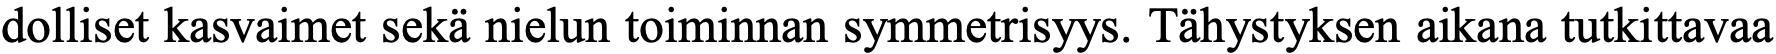
dolliset kasvaimet sekä nielun toiminnan symmetrisyys. Tähystyksen aikana tutkittavaa